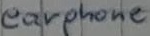
Text: earphone